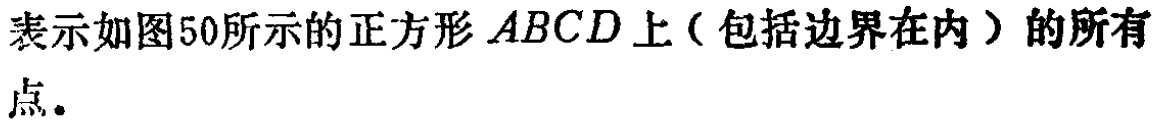
表示如图50所示的正方形 \(ABCD\)上（包括边界在内）的所有点.